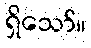
ရှိသော်။